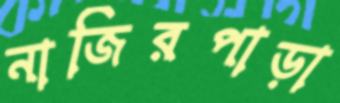
নাজিরপাড়া